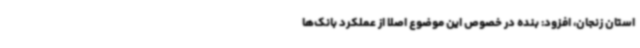
استان زنجان، افزود: بنده در خصوص این موضوع اصلا از عملکرد بانک‌ها